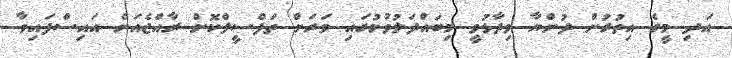
އަދި މީގެ އިތުރުން ދުންޔާ ވިދާޅުވީ މިބައްދަލުވުމުގައި ވަރަށް ތަފްސީލްކޮށް ރާއްޖެއަށް އައިސްފައިވާ